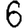
Digit: 6